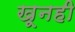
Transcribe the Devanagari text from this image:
खूनही